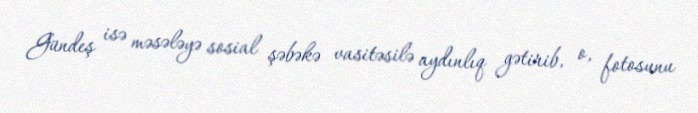
Gündeş isə məsələyə sosial şəbəkə vasitəsilə aydınlıq gətirib, o, fotosunu